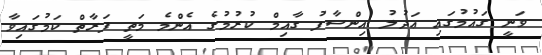
ވަނީ ގައުމުގައި ޢަދުލު އިންސާފު ގާއިމް ކުރުމުގެ އެންމެ މަތީ ފަރާތް ކަމުގައިވާ